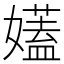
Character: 𡣨